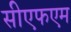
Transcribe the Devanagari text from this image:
सीएफएम